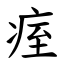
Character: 痓